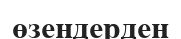
өзендерден